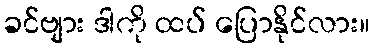
ခင်ဗျား ဒါကို ထပ် ပြောနိုင်လား။